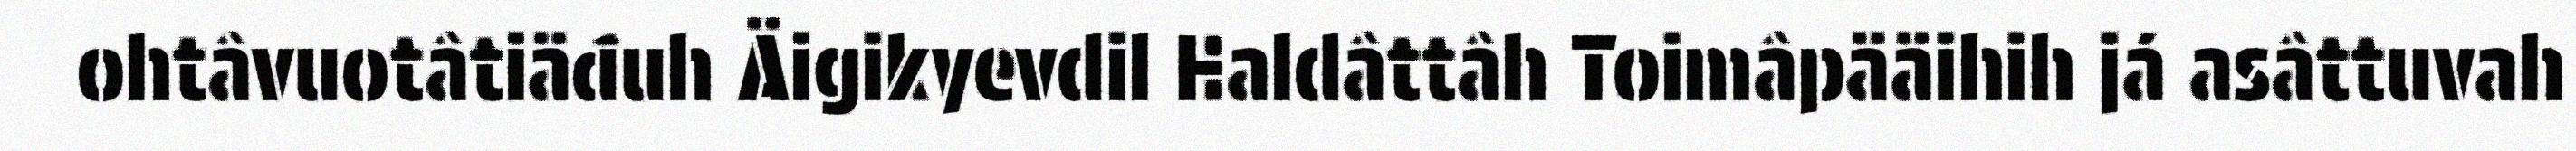
ohtâvuotâtiäđuh Äigikyevdil Haldâttâh Toimâpääihih já asâttuvah